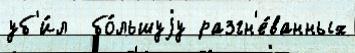
уб'и́л  бо́льшуjу разгн'е́ванных